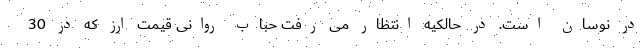
در نوسان است. در حالکیه انتظار می رفت حباب روانی قیمت ارز که در 30